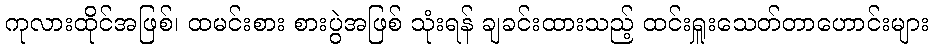
ကုလားထိုင်အဖြစ်၊ ထမင်းစား စားပွဲအဖြစ် သုံးရန် ချခင်းထားသည့် ထင်းရှူးသေတ်တာဟောင်းများ